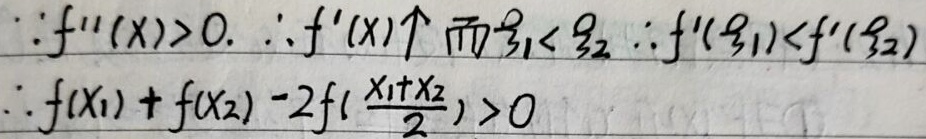
因为\(f''(x)>0\)，所以\(f'(x)\)单调递增。又因为\(\xi_{1}< \xi_{2}\)，所以\(f'(\xi_{1})<f'(\xi_{2})\)，进而可得\(f(x_{1}) + f(x_{2}) - 2f(\frac{x_{1}+x_{2}}{2})>0\)。

整理为公式形式：
\(\because f''(x)>0\)，\(\therefore f'(x)\)单调递增。又\(\because \xi_{1}< \xi_{2}\)，\(\therefore f'(\xi_{1})<f'(\xi_{2})\)。
\(\therefore f(x_{1}) + f(x_{2}) - 2f(\frac{x_{1}+x_{2}}{2})>0\)